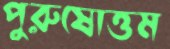
পুরুষোত্তম